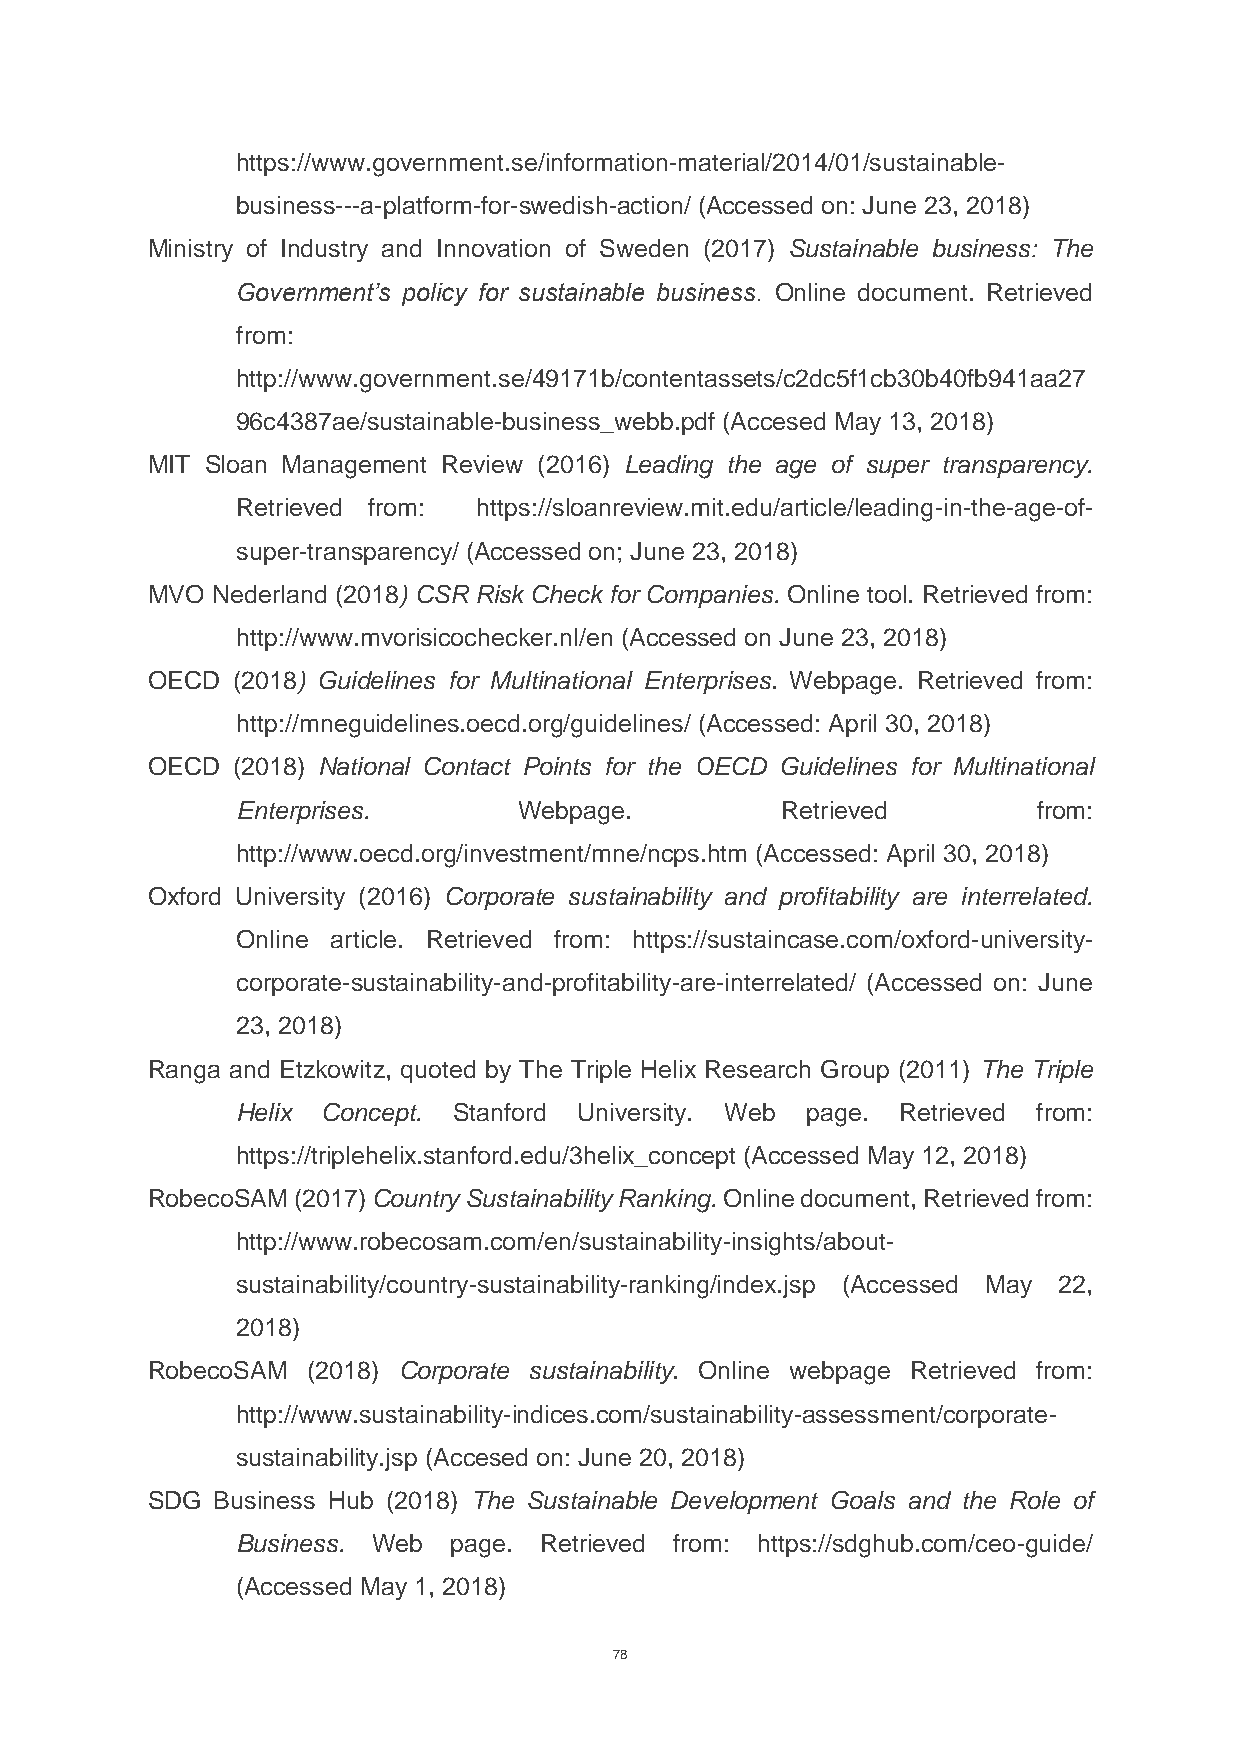
https://www.government.se/information-material/2014/01/sustainable-
 business---a-platform-for-swedish-action/ (Accessed on: June 23, 2018)
 Ministry of Industry and Innovation of Sweden (2017) Sustainable business: The
 Government’s policy for sustainable business. Online document. Retrieved
 from:
 http://www.government.se/49171b/contentassets/c2dc5f1cb30b40fb941aa27
 96c4387ae/sustainable-business_webb.pdf (Accesed May 13, 2018)
 MIT Sloan Management Review (2016) Leading the age of super transparency.
 Retrieved from: https://sloanreview.mit.edu/article/leading-in-the-age-of-
 super-transparency/ (Accessed on; June 23, 2018)
 MVO Nederland (2018) CSR Risk Check for Companies. Online tool. Retrieved from:
 http://www.mvorisicochecker.nl/en (Accessed on June 23, 2018)
 OECD (2018) Guidelines for Multinational Enterprises. Webpage. Retrieved from:
 http://mneguidelines.oecd.org/guidelines/ (Accessed: April 30, 2018)
 OECD (2018) National Contact Points for the OECD Guidelines for Multinational
 Enterprises.      Webpage.          Retrieved        from:
 http://www.oecd.org/investment/mne/ncps.htm (Accessed: April 30, 2018)
 Oxford University (2016) Corporate sustainability and profitability are interrelated.
 Online article. Retrieved from: https://sustaincase.com/oxford-university-
 corporate-sustainability-and-profitability-are-interrelated/ (Accessed on: June
 23, 2018)
 Ranga and Etzkowitz, quoted by The Triple Helix Research Group (2011) The Triple
 Helix Concept. Stanford University. Web page. Retrieved from:
 https://triplehelix.stanford.edu/3helix_concept (Accessed May 12, 2018)
 RobecoSAM (2017) Country Sustainability Ranking. Online document, Retrieved from:
 http://www.robecosam.com/en/sustainability-insights/about-
 sustainability/country-sustainability-ranking/index.jsp (Accessed May 22,
 2018)
 RobecoSAM (2018) Corporate sustainability. Online webpage Retrieved from:
 http://www.sustainability-indices.com/sustainability-assessment/corporate-
 sustainability.jsp (Accesed on: June 20, 2018)
 SDG Business Hub (2018) The Sustainable Development Goals and the Role of
 Business. Web page. Retrieved from: https://sdghub.com/ceo-guide/
 (Accessed May 1, 2018)
 78